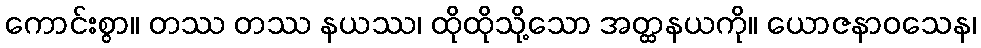
ကောင်းစွာ။ တဿ တဿ နယဿ၊ ထိုထိုသို့သော အတ္ထနယကို။ ယောဇနာဝသေန၊